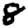
Digit: 8